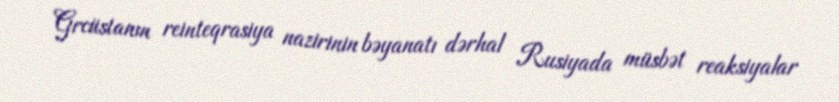
Grcüstanın reinteqrasiya nazirinin bəyanatı dərhal Rusiyada müsbət reaksiyalar